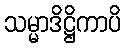
သမ္မာဒိဋ္ဌိကာပိ